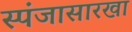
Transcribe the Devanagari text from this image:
स्पंजासारखा